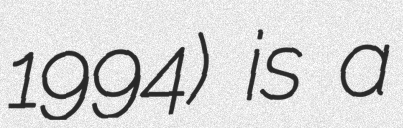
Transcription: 1994) is a